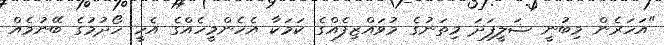
"އަހަރެން މިބުނީ ޝަލީފަދަ މިތަނުގެ މުވައްޒިފެއްގެ ކަމަކާ އެހެންމީހެއްގެ އެހީ ހޯދުމުގެ ބޭނުމެއް